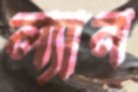
ল্যান